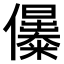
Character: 𠑔